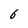
Character: 6